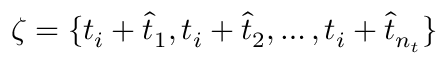
\zeta = \{ t _ { i } + \hat { t } _ { 1 } , t _ { i } + \hat { t } _ { 2 } , \dots , t _ { i } + \hat { t } _ { n _ { t } } \}